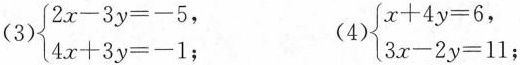
（3）$$\begin{cases}